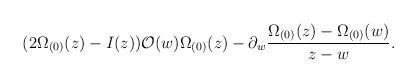
LaTeX: \begin{align*}(2 \Omega_{(0)}(z) -I(z)) {\cal O}(w) \Omega_{(0)}(z) - \partial_w\frac{\Omega_{(0)}(z)-\Omega_{(0)}(w)}{z-w}.\end{align*}